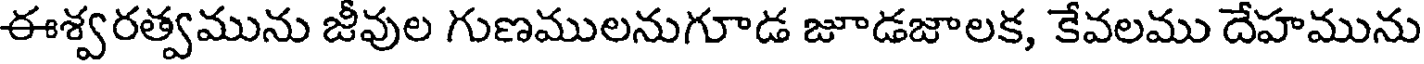
ఈశ్వరత్వమును జీవుల గుణములనుగూడ జూడజాలక, కేవలము దేహమును